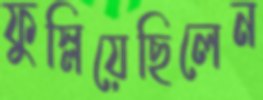
ফুস্‌লিয়েছিলেন